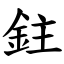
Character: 鉒